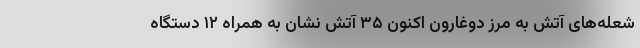
شعله‌های آتش به مرز دوغارون اکنون ۳۵ آتش نشان به همراه ۱۲ دستگاه